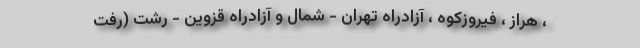
، هراز ، فیروزکوه ، آزادراه تهران - شمال و آزادراه قزوین - رشت (رفت